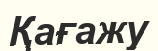
Қағажу